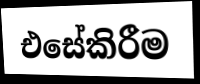
එසේකිරීම